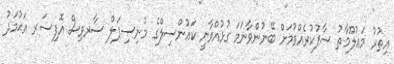
އިތުރު މަޢުލޫމާތު ސާފުކުރެއްވުމަށް ބޭނުންވާނަމަ ގުޅުއްވާނީ ކައުންސިލްގެ މުނިސިޕަލް ސާރވިސް އޮފިސަރ އަޙުމަދު